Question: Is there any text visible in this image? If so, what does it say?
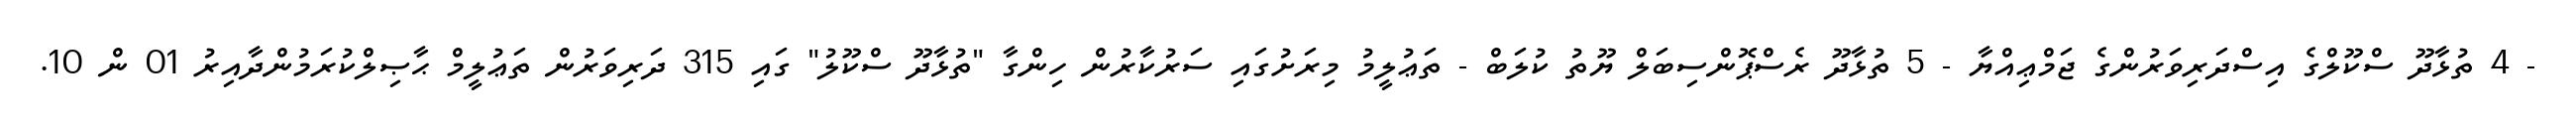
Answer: - 4 ތުޅާދޫ ސްކޫލްގެ އިސްދަރިވަރުންގެ ޖަމްޢިއްޔާ - 5 ތުޅާދޫ ރެސްޕޮންސިބަލް ޔޫތު ކުލަބް - ތަޢުލީމު މިރަށުގައި ސަރުކާރުން ހިންގާ "ތުޅާދޫ ސްކޫލު" ގައި 315 ދަރިވަރުން ތަޢުލީމް ޙާޞިލްކުރަމުންދާއިރު 01 ން 10.